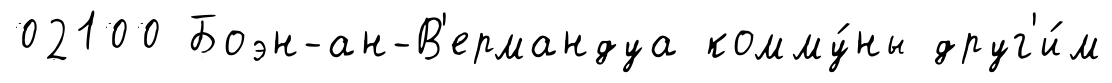
02100 Боэн-ан-В'ермандуа комму́ны друг'и́м